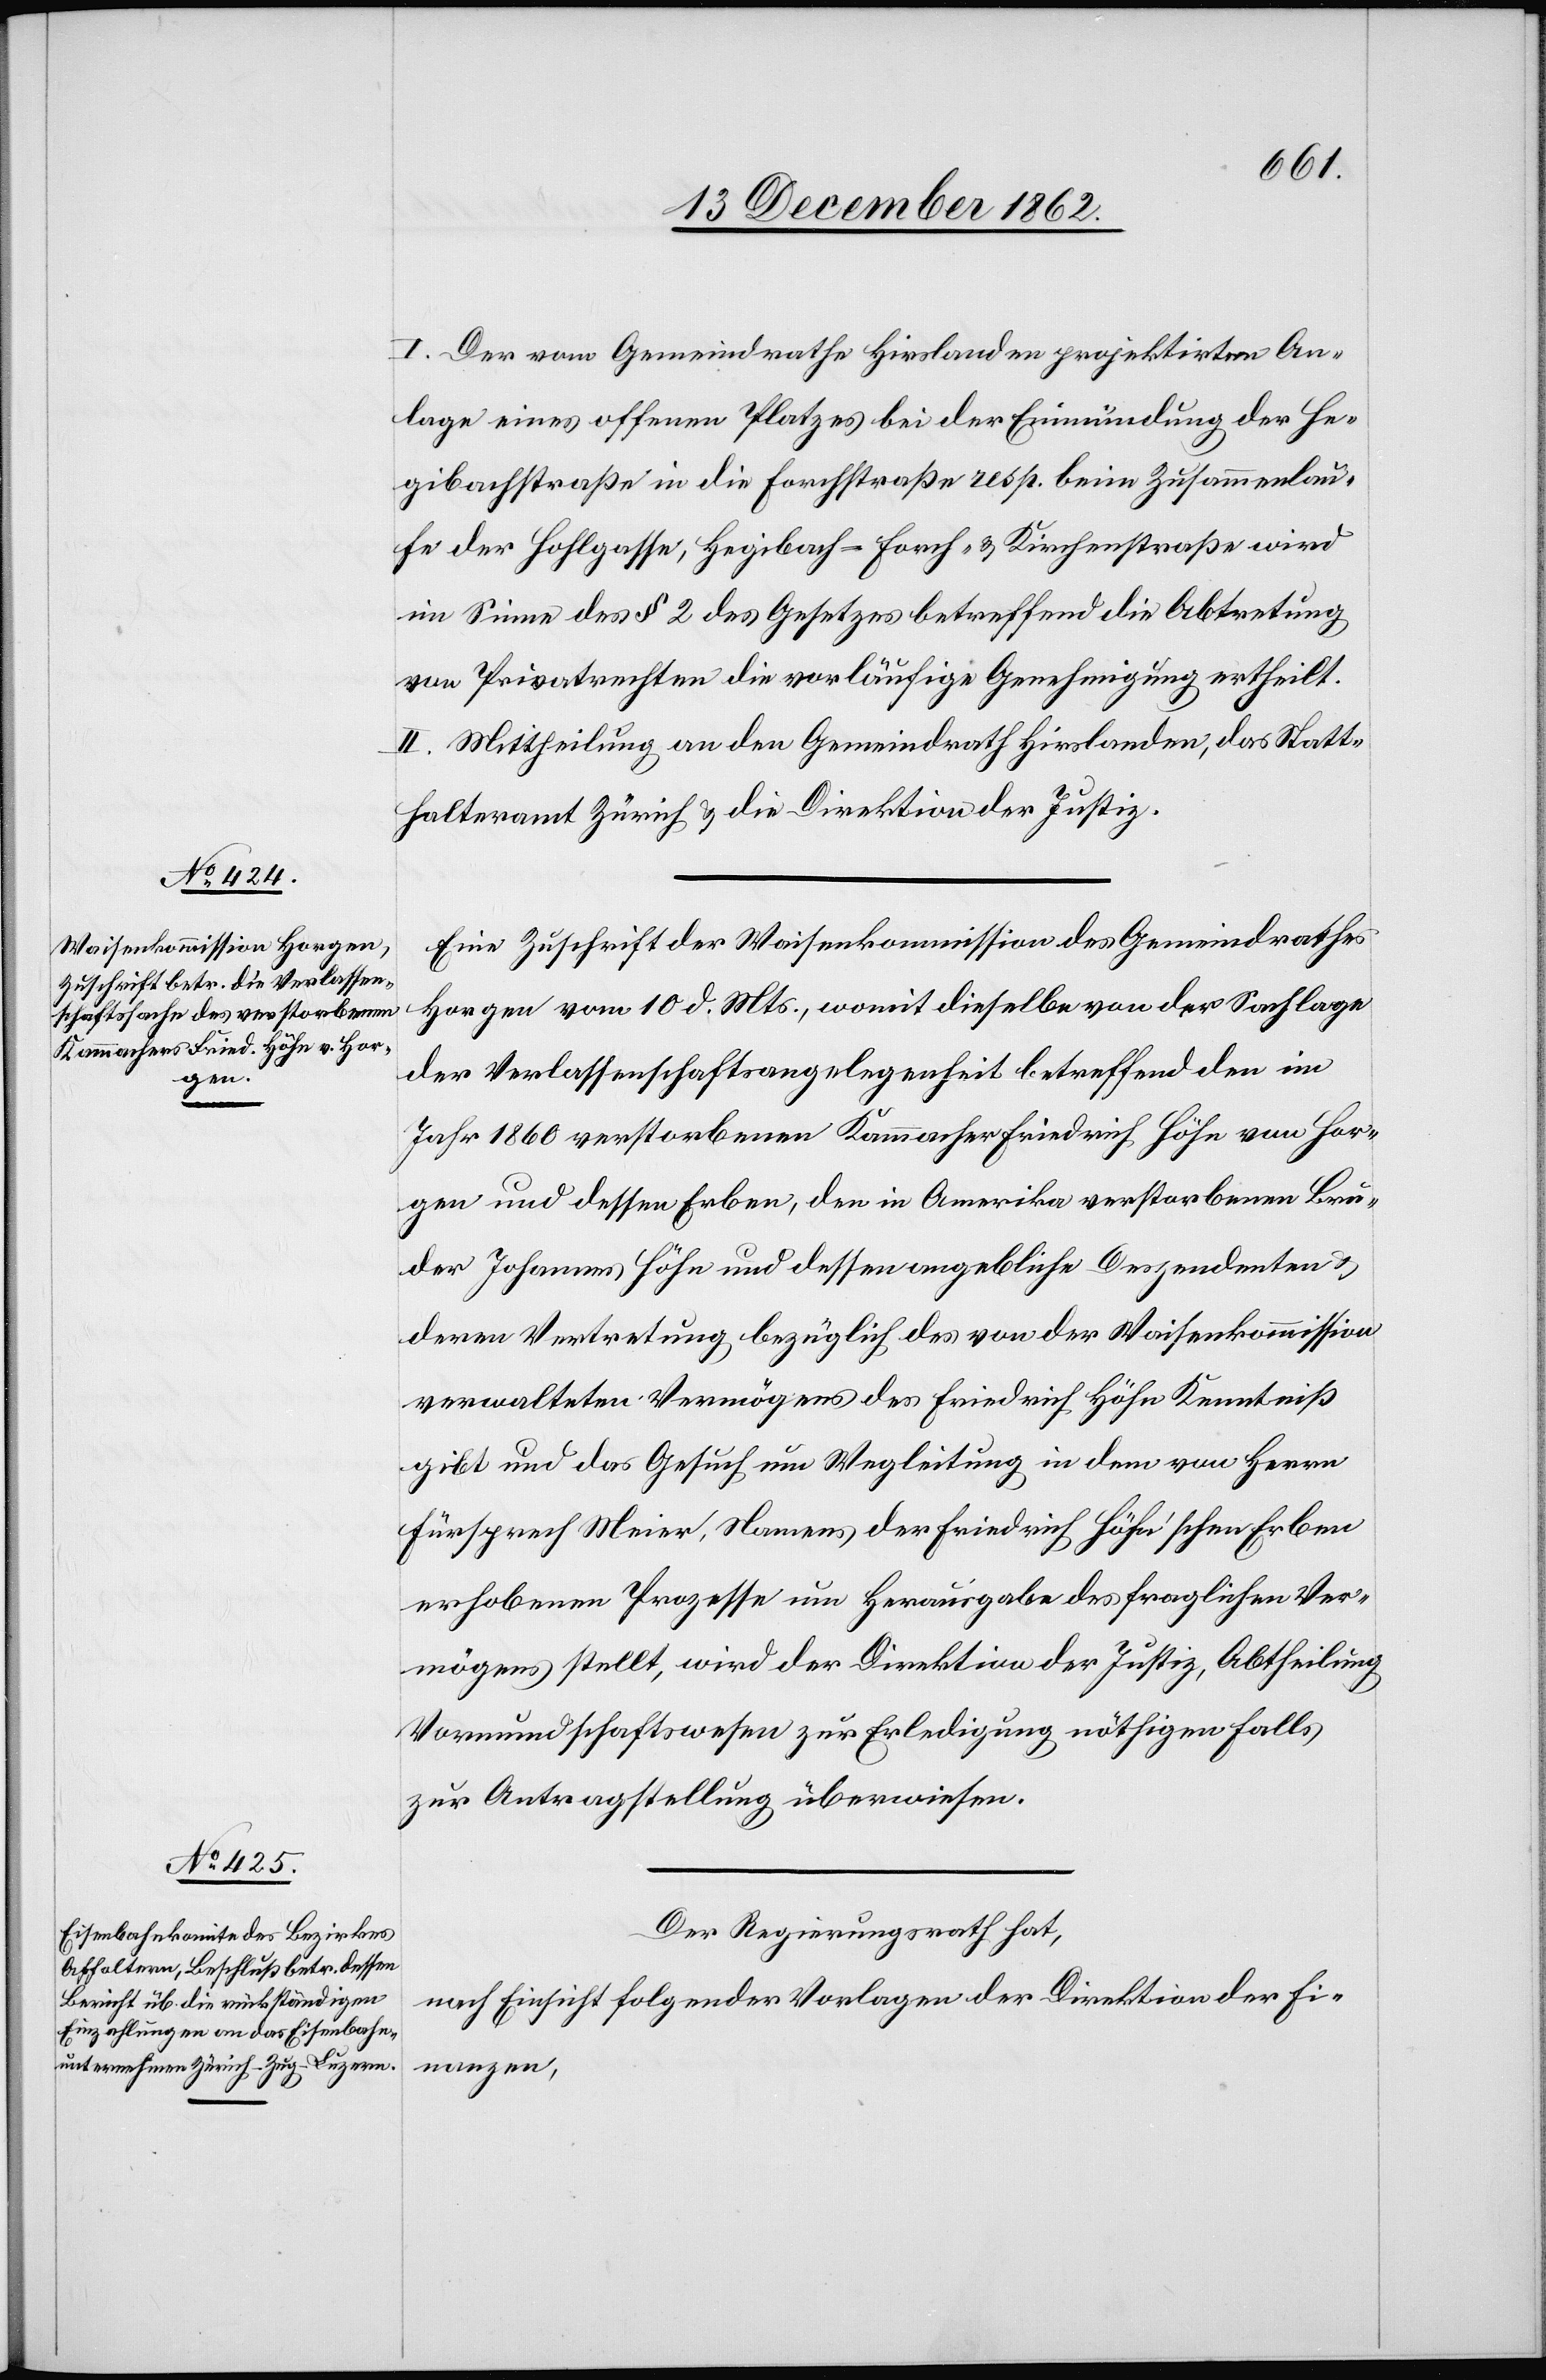
I. Der vom Gemeindrathe Hirslanden projektirten An¬
lage eines offenen Platzes bei der Einmündung der He¬
gibachstraße in die Forchstraße resp. beim Zusammenlau¬
fe der Hohlgasse, Hegibach-[,] Forch- u. Kirchenstraße wird
im Sinne des § 2 des Gesetzes betreffend die Abtretung
von Privatrechten die vorläufige Genehmigung ertheilt.
II. Mittheilung an den Gemeindrath Hirslanden, das Statt¬
halteramt Zürich u. die Direktion der Justiz.
Eine Zuschrift der Waisenkommission des Gemeindrathes
Horgen vom 10. d. Mts., womit dieselbe von der Sachlage
der Verlassenschaftsangelegenheit betreffend den im
Jahr 1860 verstorbenen Kammacher Friedrich Höhn von Hor¬
gen und dessen Erben, den in Amerika verstorbenen Bru¬
der Johannes Höhn und dessen angebliche Deszendenten u.
deren Vertretung bezüglich des von der Waisenkommission
verwalteten Vermögens des Friedrich Höhn Kenntniß
gibt und das Gesuch um Wegleitung in dem von Herrn
Fürsprech Meier, Namens der Friedrich Höhn’schen Erben
erhobenen Prozesse um Herausgabe des fraglichen Ver¬
mögens stellt, wird der Direktion der Justiz, Abtheilung
Vormundschaftswesen zur Erledigung nöthigen Falls
zur Antragstellung überwiesen.
Der Regierungsrath hat,
nach Einsicht folgender Vorlagen der Direktion der Fi¬
nanzen,